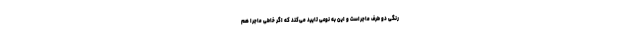
رنگی دو طرف ماجراست و این به نوعی تایید می‌کند که اگر خاطی ماجرا هم